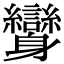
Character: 𨊟